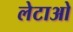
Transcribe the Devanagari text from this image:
लेटाओ